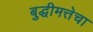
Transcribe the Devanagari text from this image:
बुद्धीमत्तेचा